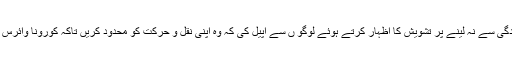
ضلع انتظامیہ نے لاک ڈائون کو سنجیدگی سے نہ لینے پر تشویش کا اظہار کرتے ہوئے لوگو ں سے اپیل کی کہ وہ اپنی نقل و حرکت کو محدود کریں تاکہ کورونا وائرس کے پھیلائو پر روک لگائی جا سکے ۔